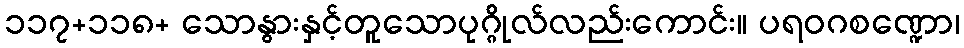
၁၁၇+၁၁၈+ သောနွားနှင့်တူသောပုဂ္ဂိုလ်လည်းကောင်း။ ပရဝဂစဏ္ဍော၊